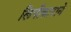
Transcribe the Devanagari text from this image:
लिपीकाराने